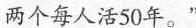
两个每人活50年。”